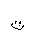
Letter: _ta